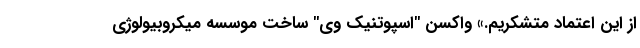
از این اعتماد متشکریم.» واکسن "اسپوتنیک وی" ساخت موسسه میکروبیولوژی